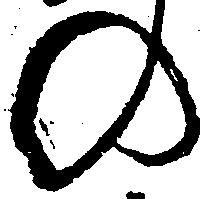
の